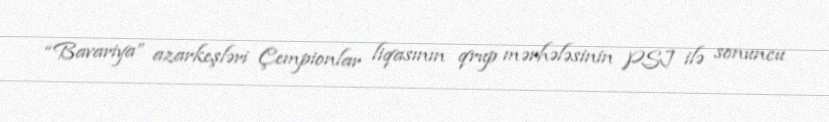
“Bavariya” azarkeşləri Çempionlar liqasının qrup mərhələsinin PSJ ilə sonuncu